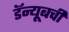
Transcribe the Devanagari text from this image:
डॅन्यूबची